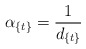
\begin{align*}\alpha_{\{t\}}={1\over d_{\{t\}}}\end{align*}